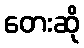
တေးဆို